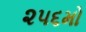
૨૫૬મો